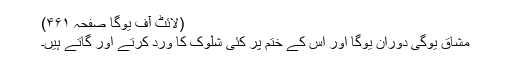
(لائٹ آف یوگا صفحہ ۴۶۱)
مشاق یوگی دوران یوگا اور اس کے ختم پر کئی شلوک کا ورد کرتے اور گاتے ہیں۔